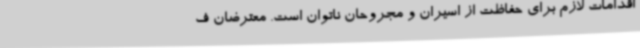
اقدامات لازم برای حفاظت از اسیران و مجروحان ناتوان است. معترضان ف